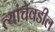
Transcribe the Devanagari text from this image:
त्यांचेवडील